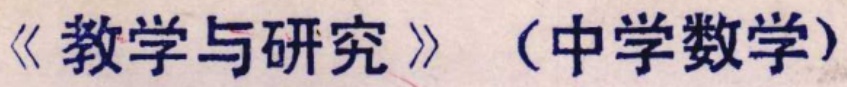
《教学与研究》（中学数学）